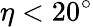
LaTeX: \eta<20^{\circ}